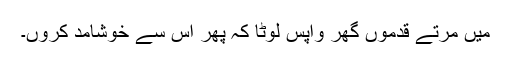
میں مرتے قدموں گھر واپس لوٹا کہ پھر اس سے خوشامد کروں۔